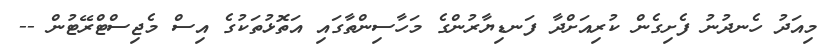
މިއަދު ހެނދުނު ފެށިގެން ކުރިއަށްދާ ފަނޑިޔާރުންގެ މަހާސިންތާގައި އަތޮޅުތަކުގެ އިސް މެޖިސްޓްރޭޓުން --